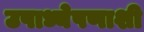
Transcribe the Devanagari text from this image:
उपाध्येपणाशी